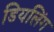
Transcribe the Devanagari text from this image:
डियलिंग